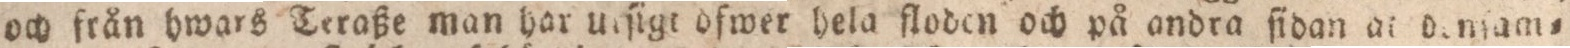
och från hwars Teraße man har urſigt ofwer hela floden och på andra ſidan at denſam=